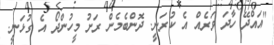
"އައްދޭ ހާދަ ވަރެއް އެ ކުރަނީ. ދޮންބެމެން ރަށު މީހުންދޯ އެ ގުޅަނީ.